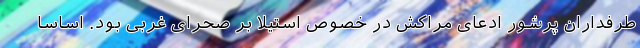
طرفداران پرشور ادعای مراکش در خصوص استیلا بر صحرای غربی بود. اساساً